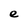
Character: e